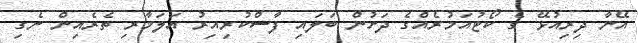
އޭނާ ދިރިއުޅޭ ގެ ކޯޓުއަމުރެއްގެ ދަަށުން ބަލައި ފާސްކުރިއިރު އަލަމާރި ތެރެއިން ނެގި